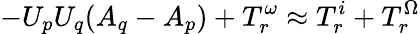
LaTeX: -U_{p}U_{q}(A_{q}-A_{p})+T_{r}^{\omega}\approx T_{r}^{i}+T_{r}^{\Omega}